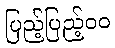
ပြည့်ပြည့်၀၀